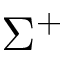
\Sigma ^ { + }